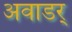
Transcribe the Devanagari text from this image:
अवाडर्